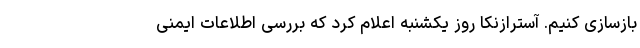
بازسازی کنیم. آسترازنکا روز یکشنبه اعلام کرد که بررسی اطلاعات ایمنی